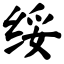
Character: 绥